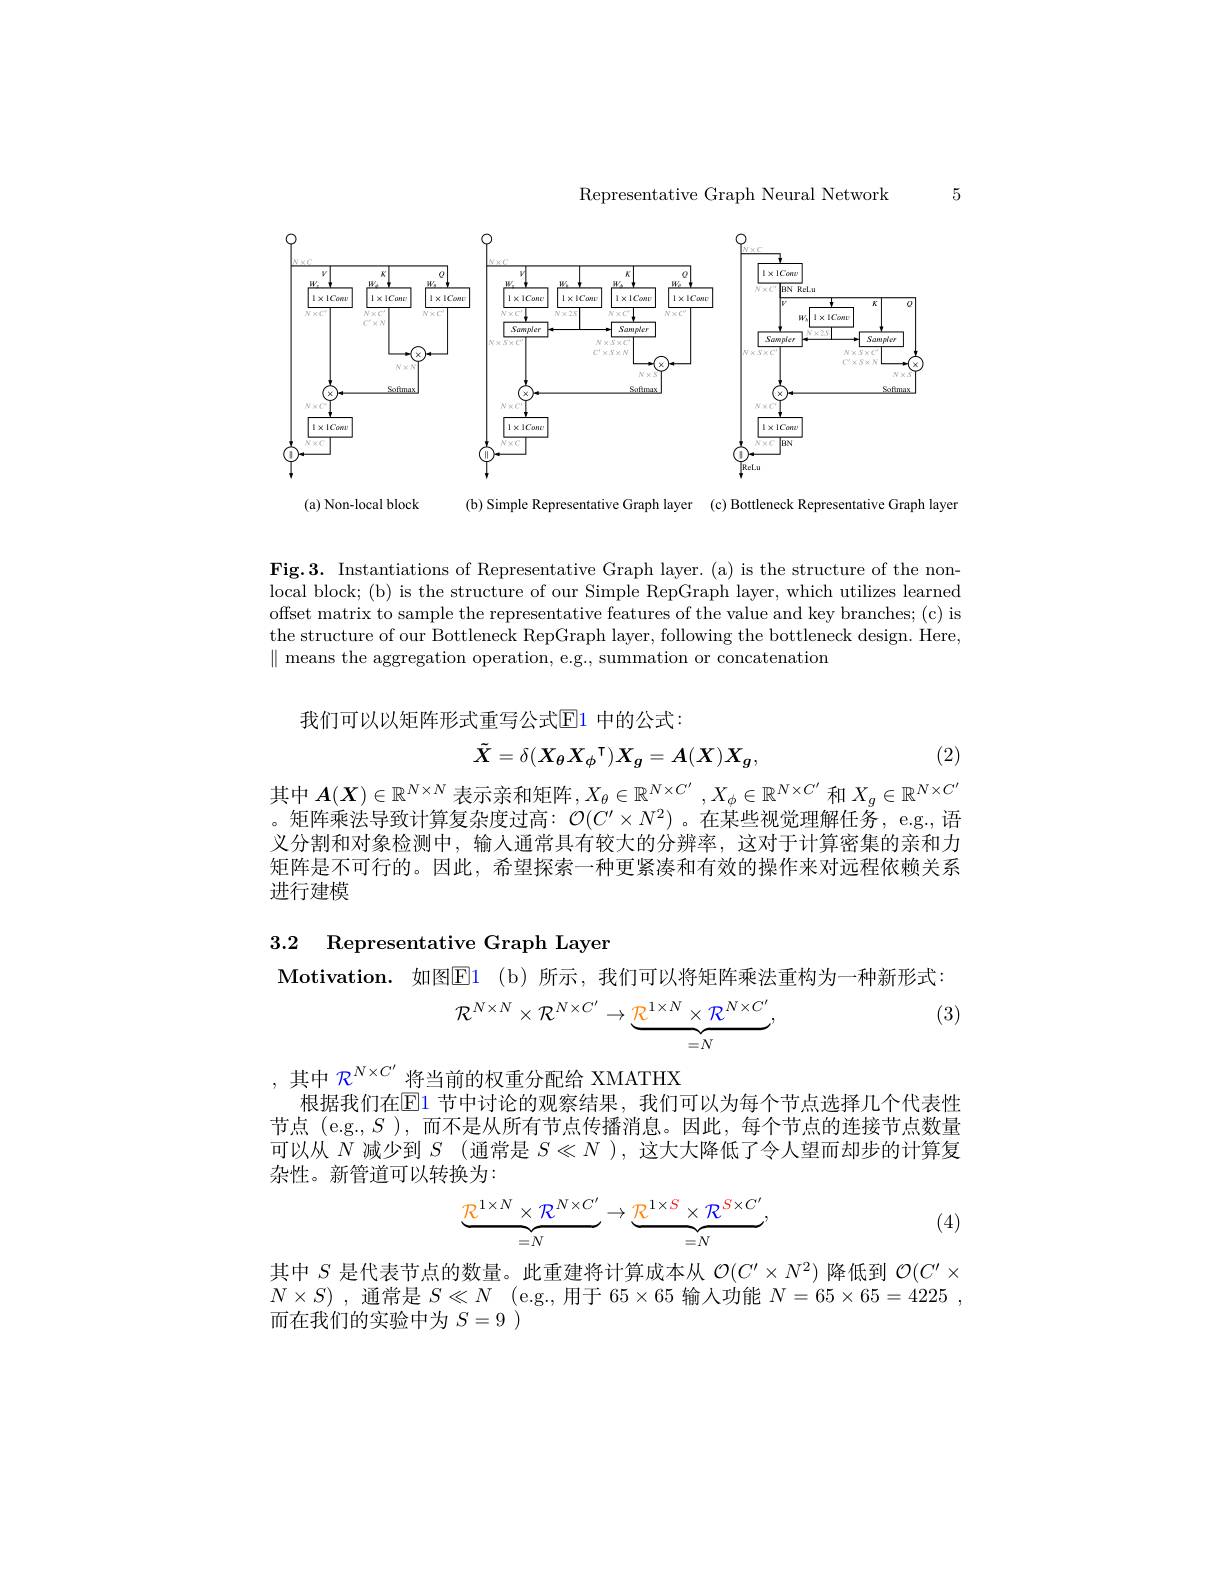
Representative Graph Neural Network

5

<FigureHere>

( a) Non- local block

(b) Simple Representative Graph layer (c) Bottleneck Representative Graph layer

Fig.3. Instantiations of Representative Graph layer. (a) is the structure of the nonlocal block; (b) is the structure of our Simple RepGraph layer, which utilizes learned offset matrix to sample the representative features of the value and key branches; (c) is the structure of our Bottleneck RepGraph layer, following the bottleneck design. Here, $\parallel$ means the aggregation operation, e.g., summation or concatenation

我们可以以矩阵形式重写公式$\mathbb{E}$1 中的公式：

(2)
$$\tilde{X}=\delta(X_{\theta}X_{\phi}^{\intercal})X_{g}=A(X)X_{g},$$
其中$A(X)\in\mathbb{R}^N\times N$表示亲和矩阵$,X_\theta\in\mathbb{R}^{N\times C^{\prime}},X_\phi\in\mathbb{R}^{N\times C^{\prime}}$和$X_g\in\mathbb{R}^{N\times C^{\prime}}$ 。矩阵乘法导致计算复杂度过高：$\mathcal{O}(C^\prime\times N^2)$ 。在某些视觉理解任务，e.g.,语义分割和对象检测中，输人通常具有较大的分辨率，这对于计算密集的亲和力矩阵是不可行的。因此，希望探索一种更紧凑和有效的操作来对远程依赖关系进行建模

3.2 Representative Graph Layer

$\mathbf{Motivation.}$如图El (b)所示，我们可以将矩阵乘法重构为一种新形式：
$$\mathcal{R}^{N\times N}\times\mathcal{R}^{N\times C'}\to\underbrace{\mathcal{R}^{1\times N}\times\mathcal{R}^{N\times C'}}_{=N},$$
(3)

,其中$\mathcal{R}^{N\times C^{\prime}}$将当前的权重分配给 XMATHX
根据我们在$\mathbb{E}1$ 节中讨论的观察结果，我们可以为每个节点选择几个代表性节点 (e.g.,$S$ ),而不是从所有节点传播消息。因此，每个节点的连接节点数量可以从$N$减少到$S$ (通常是$S\ll N$ ),这大大降低了令人望而却步的计算复杂性。新管道可以转换为：
$$\underbrace{\mathbb{R}^{1\times N}\times\mathbb{R}^{N\times C'}}_{=N}\to\underbrace{\mathbb{R}^{1\times S}\times\mathbb{R}^{S\times C'}}_{=N},$$
(4)

其中$S$是代表节点的数量。此重建将计算成本从$\mathcal{O}(C^\prime\times N^2)$降低到$\mathcal{O}(C^\prime\times$ $N\times S)$ , 通常是$S\ll N$ (e.g.,用于$65\times65$输人功能$N= 65\times 65= 4225$ , 而在我们的实验中为$S=9$ )